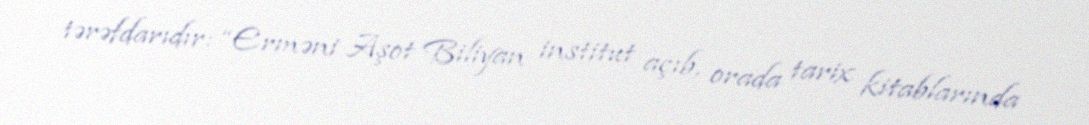
tərəfdarıdır: “Erməni Aşot Biliyan institut açıb, orada tarix kitablarında